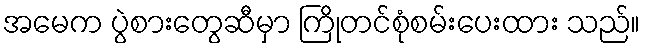
အမေက ပွဲစားတွေဆီမှာ ကြိုတင်စုံစမ်းပေးထား သည်။